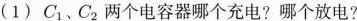
(1)C_{1}、C_{2}两个电容器哪个充电?哪个放电?